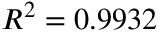
R ^ { 2 } = 0 . 9 9 3 2